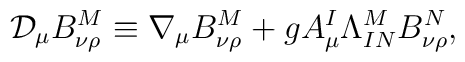
\mathcal{D}_{\mu}B_{\nu\rho}^{M}\equiv\nabla_{\mu}B_{\nu\rho}^{M}+gA_{\mu}^{I}\Lambda_{IN}^{M}B_{\nu\rho}^{N},